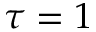
\tau = 1